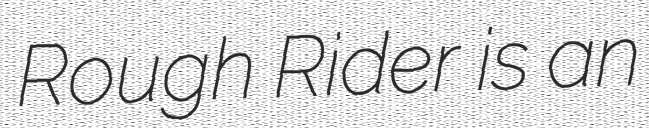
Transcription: Rough Rider is an